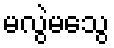
မလွဲမသွေ